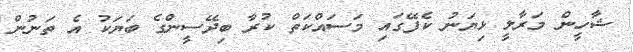
ޝާހީން މަރާލީ ޅިޔަނު ކެފޭގައި މަސައްކަތް ކުރާ ބިދޭސީންގެ ބަޔަކު އެ ތަނުން